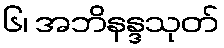
၆၊ အဘိနန္ဒသုတ်